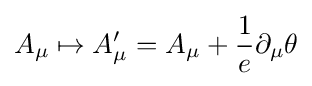
A_{\mu }\mapsto A'_{\mu }=A_{\mu }+{\frac {1}{e}}\partial _{\mu }\theta